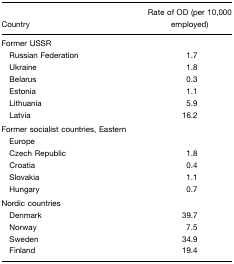
<table><thead><tr><td><b>Country</b></td><td><b>Rate of OD (per 10,000 employed)</b></td></tr></thead><tbody><tr><td>Former USSR</td><td></td></tr><tr><td> Russian Federation</td><td>1.7</td></tr><tr><td> Ukraine</td><td>1.8</td></tr><tr><td> Belarus</td><td>0.3</td></tr><tr><td> Estonia</td><td>1.1</td></tr><tr><td> Lithuania</td><td>5.9</td></tr><tr><td> Latvia</td><td>16.2</td></tr><tr><td>Former socialist countries, Eastern Europe</td><td></td></tr><tr><td> Czech Republic</td><td>1.8</td></tr><tr><td> Croatia</td><td>0.4</td></tr><tr><td> Slovakia</td><td>1.1</td></tr><tr><td> Hungary</td><td>0.7</td></tr><tr><td>Nordic countries</td><td></td></tr><tr><td> Denmark</td><td>39.7</td></tr><tr><td> Norway</td><td>7.5</td></tr><tr><td> Sweden</td><td>34.9</td></tr><tr><td> Finland</td><td>19.4</td></tr></tbody></table>